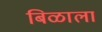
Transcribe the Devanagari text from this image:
बिळाला